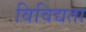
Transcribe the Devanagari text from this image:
विविद्यता